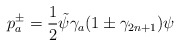
\begin{align*}p^\pm_a=\frac{1}{2}\tilde\psi\gamma_a(1\pm\gamma_{2n+1})\psi\end{align*}